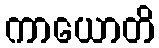
ကာယောတိ